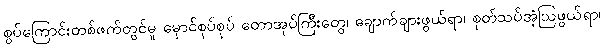
စွပ်ကြောင်းတစ်ဖက်တွင်မူ မှောင်စုပ်စုပ် တောအုပ်ကြီးတွေ၊ ချောက်ချားဖွယ်ရာ၊ စုတ်သပ်အံ့ဩဖွယ်ရာ၊